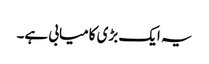
یہ ایک بڑی کامیابی ہے۔